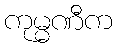
ကုမ္မဏီက